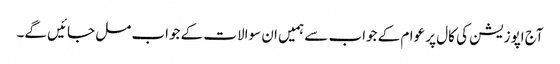
آج اپوزیشن کی کال پر عوام کے جواب سے ہمیں ان سوالات کے جواب مل جائیں گے۔